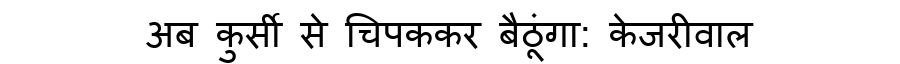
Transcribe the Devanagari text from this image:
अब कुर्सी से चिपककर बैठूंगा: केजरीवाल